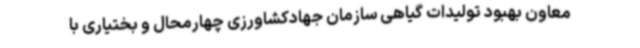
معاون بهبود تولیدات گیاهی سازمان جهادکشاورزی چهارمحال و بختیاری با